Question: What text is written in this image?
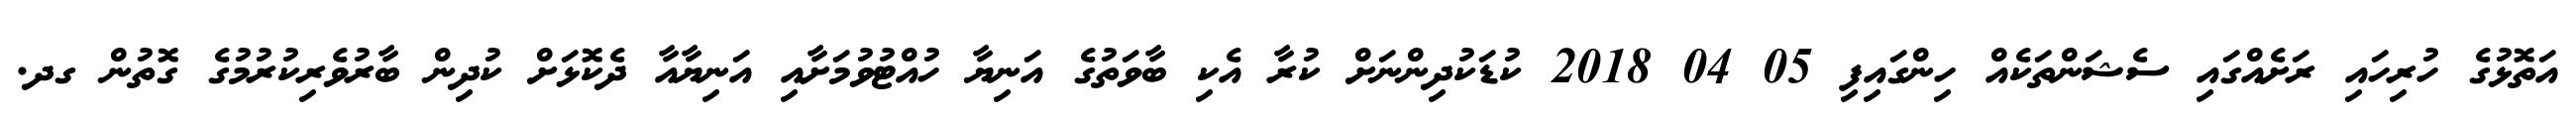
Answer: އަތޮޅުގެ ހުރިހައި ރަށެއްގައި ސެޝަންތަކެއް ހިންގައިފި 05 04 2018 ކުޑަކުދިންނަށް ކުރާ އެކި ބާވަތުގެ އަނިޔާ ހުއްޓުވުމަށާއި އަނިޔާއާ ދެކޮޅަށް ކުދިން ބާރުވެރިކުރުމުގެ ގޮތުން ގދ.